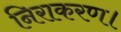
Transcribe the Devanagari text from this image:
निराकरण।